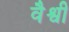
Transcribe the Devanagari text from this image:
वैश्वी